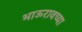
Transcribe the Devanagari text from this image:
भाऊरावच्या